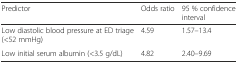
| Predictor | Odds ratio | 95 % confidence interval |
 | --- | --- | --- |
 | Low diastolic blood pressure at ED triage (<52 mmHg) | 4.59 | 1.57–13.4 |
 | Low initial serum albumin (<3.5 g/dL) | 4.82 | 2.40–9.69 |